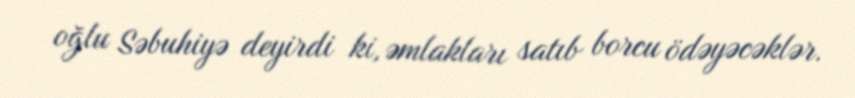
oğlu Səbuhiyə deyirdi ki, əmlakları satıb borcu ödəyəcəklər.